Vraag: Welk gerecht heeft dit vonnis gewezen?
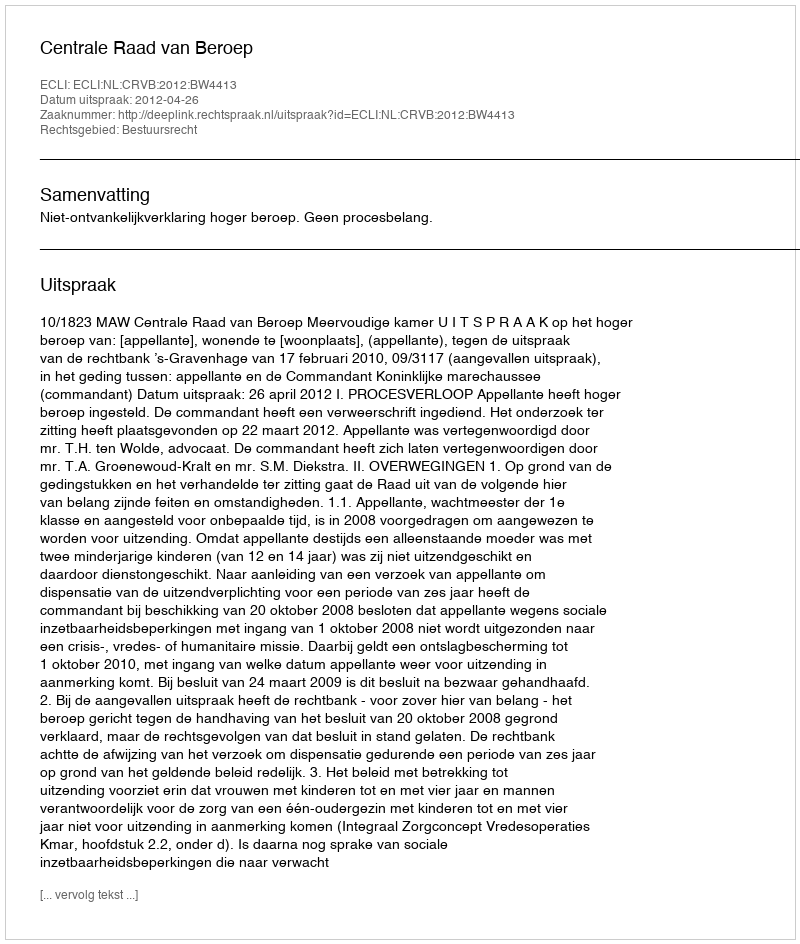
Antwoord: Centrale Raad van Beroep